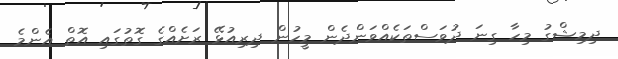
ދިމިޝްގު މިހާ ގިނަ ދުވަސްތަކެއްވަންދެން މީހުން ދިރިއުޅޭ ރަށެއްގެ ގޮތުގައި އޮތް އެންމެ